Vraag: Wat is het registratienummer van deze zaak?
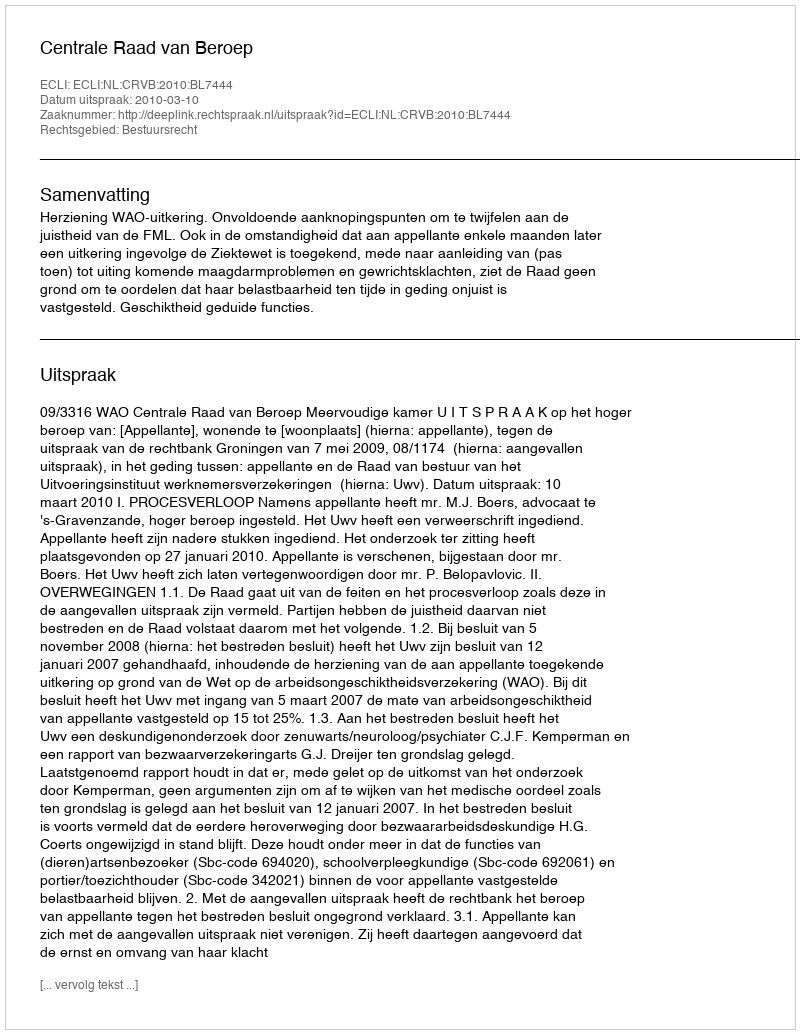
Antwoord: http://deeplink.rechtspraak.nl/uitspraak?id=ECLI:NL:CRVB:2010:BL7444